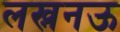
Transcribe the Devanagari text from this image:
लख्ननऊ